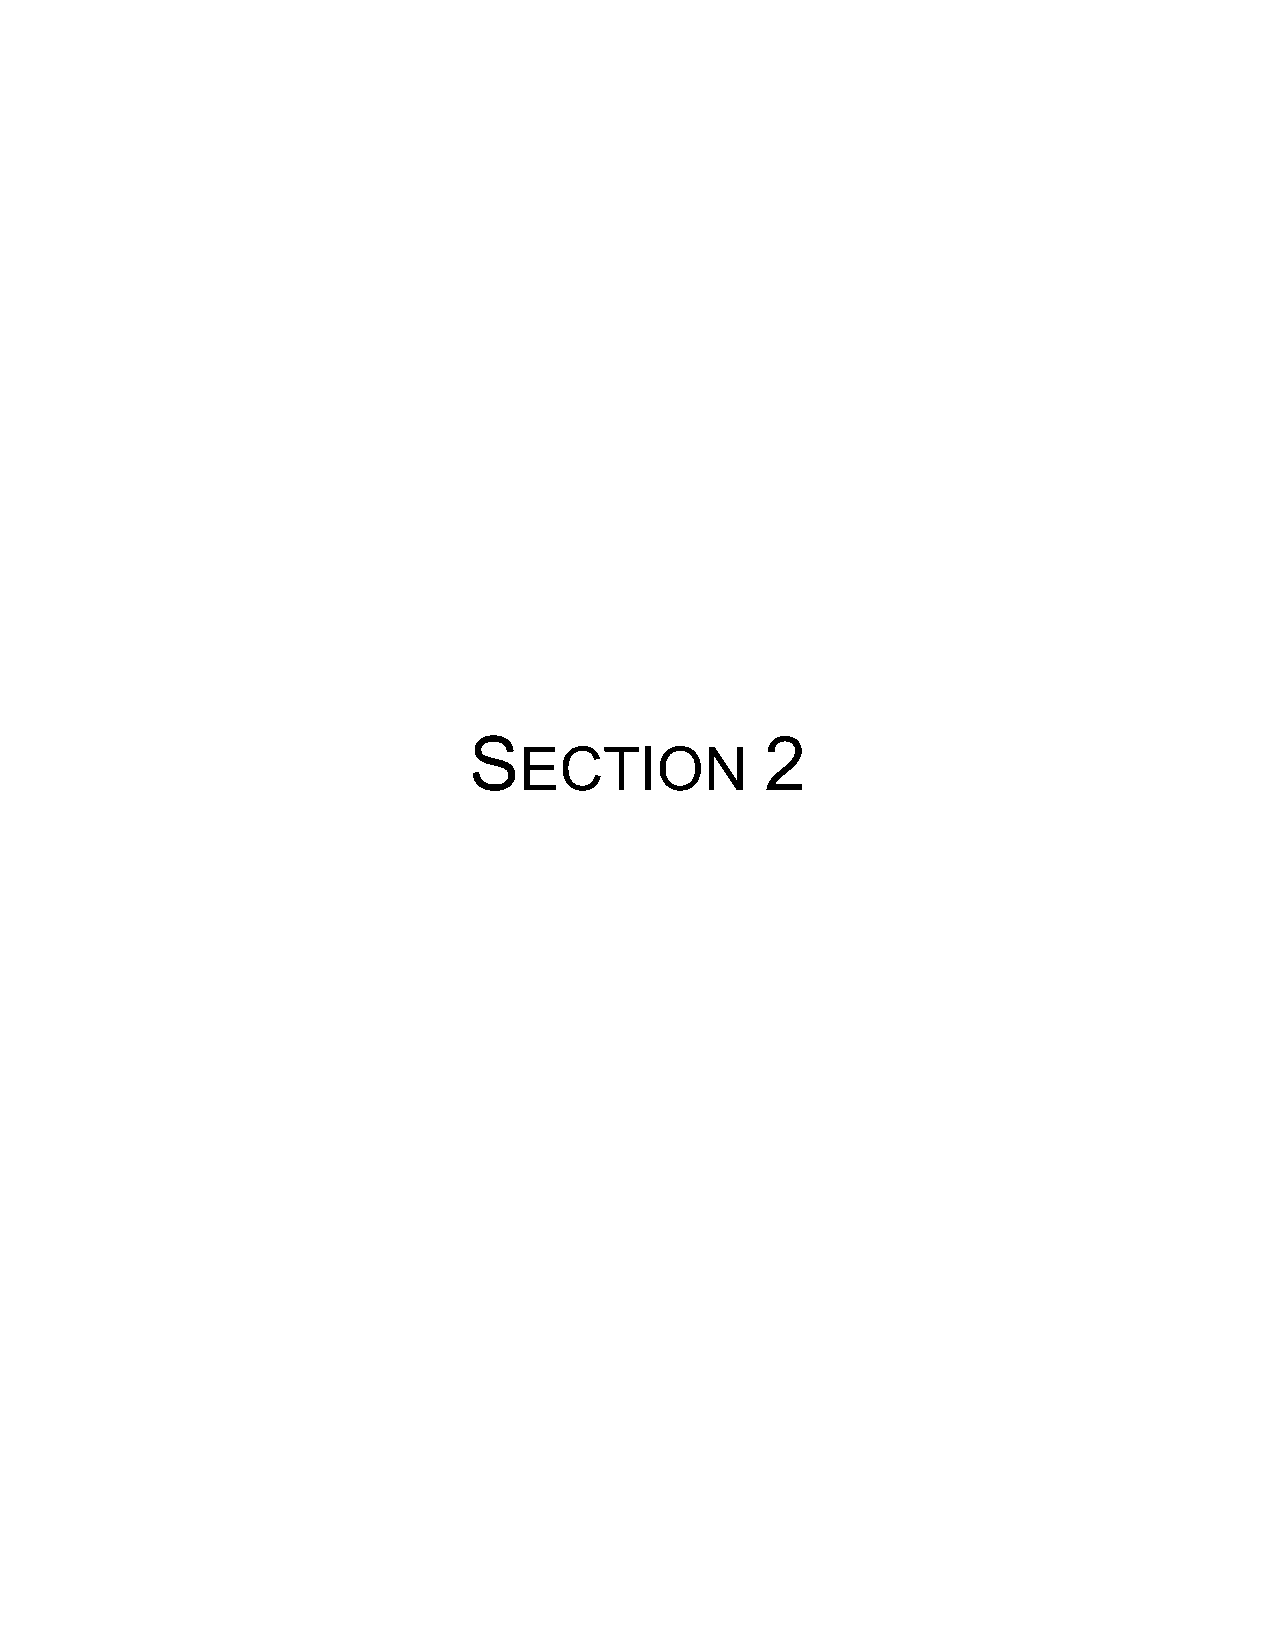
!                   "#
 !"#$%&’
 #                   #